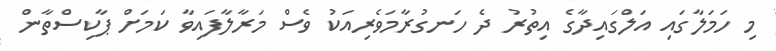
މި ހަމަލާގައި އަލްގައިދާގެ އިތުރު ދެ ހަނގުރާމަވެރިއަކު ވެސް މަރާލާފައިވާ ކަމަށް ޕާކިސްތާން